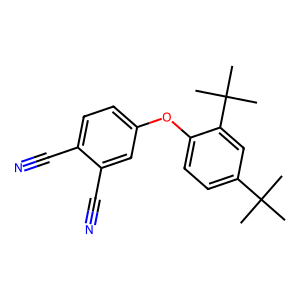
SMILES: CC(C)(C)c1ccc(Oc2ccc(C#N)c(C#N)c2)c(C(C)(C)C)c1
Inhibits HIV replication: No